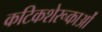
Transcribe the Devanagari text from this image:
कटिकशेरूकाओं